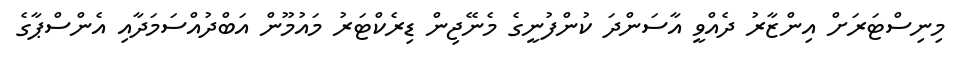
މިނިސްޓަރަށް އިންޒާރު ދެއްވީ އާސަންދަ ކުންފުނީގެ މެނޭޖިން ޑިރެކްޓަރު މައުމޫން އަބްދުއްސަމަދާއި އެންސްޕާގެ